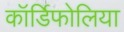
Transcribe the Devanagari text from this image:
कॉर्डिफोलिया